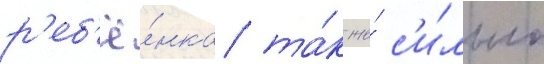
р'еб'ё́нка та́к же́ с'и́льно